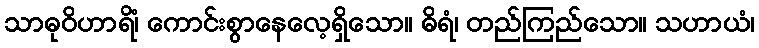
သာဓုဝိဟာရိံ၊ ကောင်းစွာနေလေ့ရှိသော။ ဓိရံ၊ တည်ကြည်သော။ သဟာယံ၊